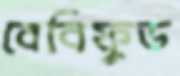
বেবিফুড